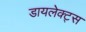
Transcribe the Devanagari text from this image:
डायलेक्ट्स